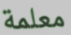
معلمة